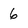
Character: 6